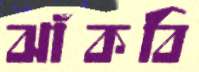
ঝাঁকবি